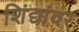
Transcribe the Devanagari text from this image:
शिंद्यांवर